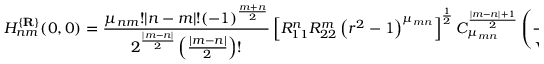
H _ { n m } ^ { \{ { \bf R } \} } ( 0 , 0 ) = \frac { \mu _ { n m } ! | n - m | ! ( - 1 ) ^ { \frac { m + n } 2 } } { 2 ^ { \frac { | m - n | } 2 } \left( \frac { | m - n | } 2 \right) ! } \left[ R _ { 1 1 } ^ { n } R _ { 2 2 } ^ { m } \left( r ^ { 2 } - 1 \right) ^ { \mu _ { m n } } \right] ^ { \frac 1 2 } C _ { \mu _ { m n } } ^ { \frac { | m - n | + 1 } 2 } \left( \frac r { \sqrt { r ^ { 2 } - 1 } } \right) .